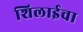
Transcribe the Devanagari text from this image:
शिलाईचा